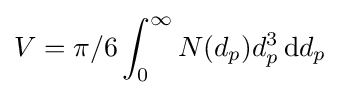
V=\pi /6\int _{0}^{\infty }N(d_{p})d_{p}^{3}\,\mathrm {d} d_{p}